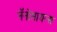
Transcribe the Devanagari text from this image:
नॅनोसायन्स